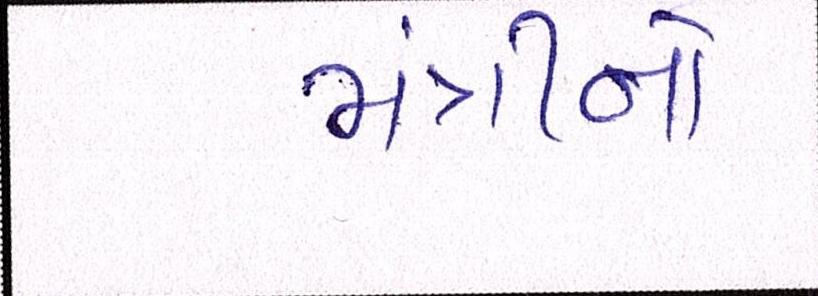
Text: મંત્રીનો